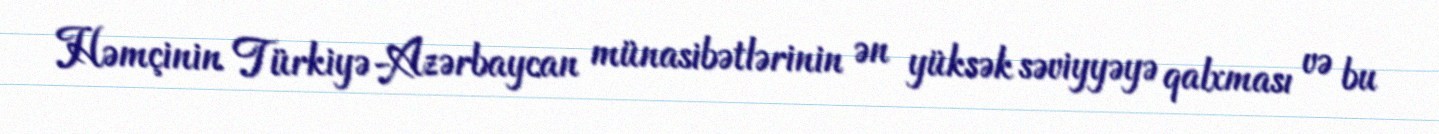
Həmçinin Türkiyə-Azərbaycan münasibətlərinin ən yüksək səviyyəyə qalxması və bu